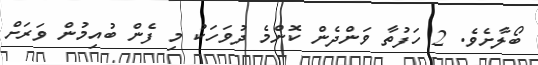
ބޯލާށެވެ. 2 ހަފުތާ ވަންދެން ކޮންމެ ދުވަހަކު މި ފެން ބުއިމުން ވަރަށް